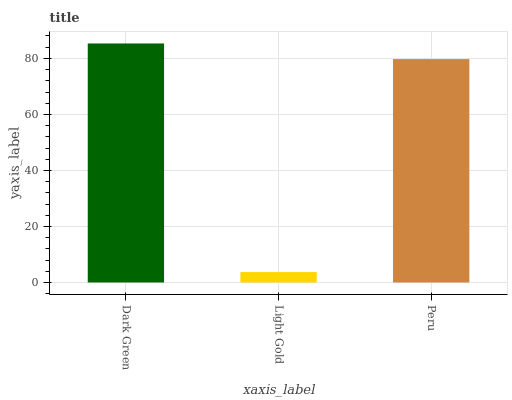
| xaxis_label | bars |
 | --- | --- |
 | Dark Green | 85.3 |
 | Light Gold | 3.72 |
 | Peru | 79.8 |